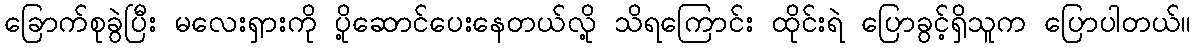
ခြောက်စုခွဲပြီး မလေးရှားကို ပို့ဆောင်ပေးနေတယ်လို့ သိရကြောင်း ထိုင်းရဲ ပြောခွင့်ရှိသူက ပြောပါတယ်။